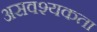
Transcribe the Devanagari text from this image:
असवश्यकता